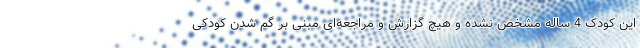
این کودک 4 ساله مشخص نشده و هیچ گزارش و مراجعه‌ای مبنی بر گم شدن کودکی